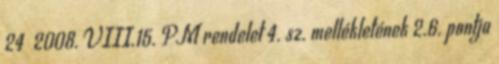
24 2008. VIII.15. PM rendelet 4. sz. mellékletének 2.6. pontja